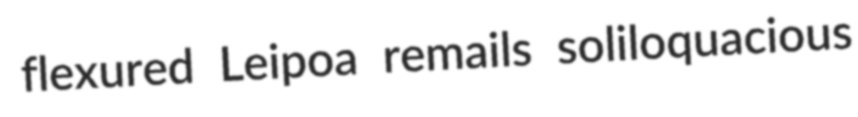
flexured Leipoa remails soliloquacious